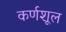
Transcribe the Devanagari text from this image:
कर्णशूल